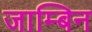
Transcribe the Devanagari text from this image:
जाम्बिन